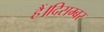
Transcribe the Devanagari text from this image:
हैं।दिसम्बर